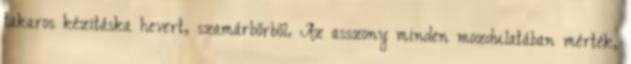
takaros kézitáska hevert, szamárbőrből. Az asszony minden mozdulatában mérték,